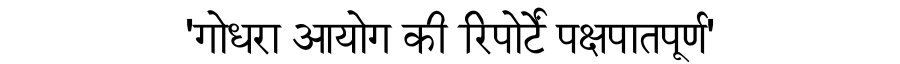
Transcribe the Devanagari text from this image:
'गोधरा आयोग की रिपोर्टें पक्षपातपूर्ण'